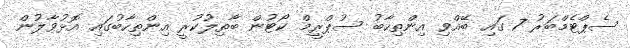
ސެޕްޓެމްބަރު 7 ގައި ބޭއްވި އިންތިހާބު ސުޕްރީމް ކޯޓުން ބާތިލުކުރީ އިންތިހާބުގައި އޮޅުވާލުން